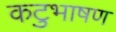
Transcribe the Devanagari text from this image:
कटुभाषण